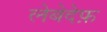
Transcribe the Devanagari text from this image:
लेबेदेफ़